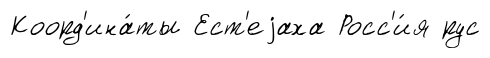
Коорд'ина́ты Ест'еjаха Росс'и́я рус